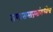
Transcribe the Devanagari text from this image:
सणासमारंभांमध्येच